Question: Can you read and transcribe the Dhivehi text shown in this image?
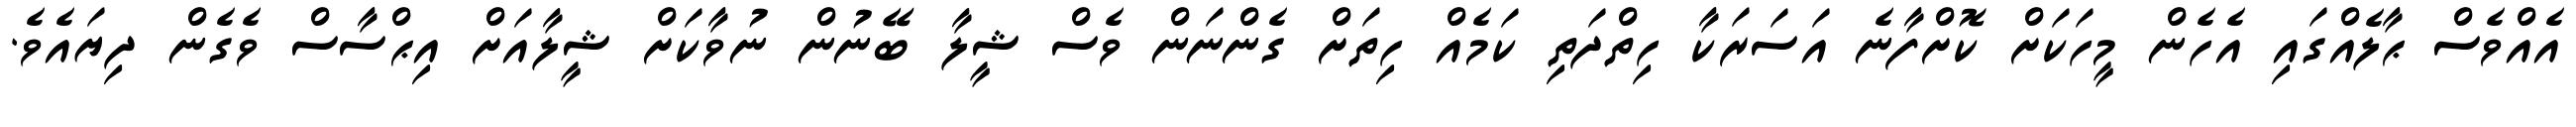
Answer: އެއްވެސް ޙާލެއްގައި އެހެން މީހަކަށް ކޮށްފާނެ އަސަރަކާ ހިތްދަތި ކަމެއް ހިތަށް ގެންނަން ވެސް ޝީލާ ބޭނުން ނުވާކަށް ޝީލާއަށް އިޙްސާސް ވެގެން ދިޔައެވެ.